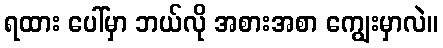
ရထား ပေါ်မှာ ဘယ်လို အစားအစာ ကျွေးမှာလဲ။